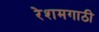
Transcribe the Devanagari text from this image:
रेशमगाठी